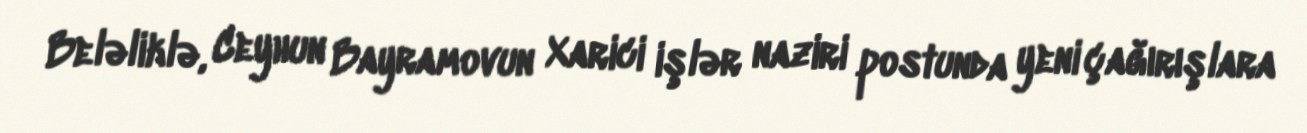
Beləliklə, Ceyhun Bayramovun Xarici işlər naziri postunda yeni çağırışlara